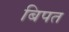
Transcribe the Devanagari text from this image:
बिपत